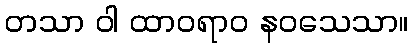
တသာ ဝါ ထာဝရာဝ နဝသေသာ။